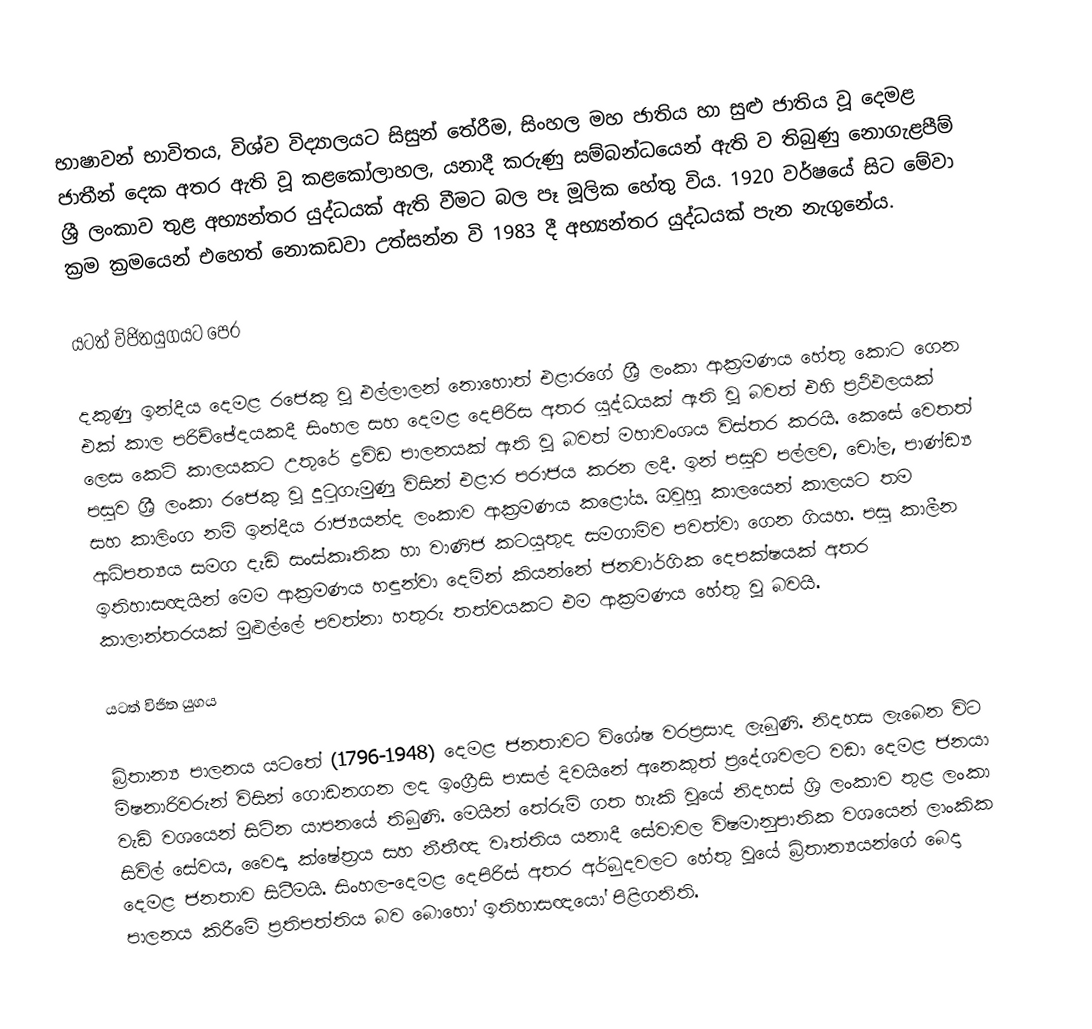
භාෂාවන් භාවිතය, විශ්ව විද්‍යාලයට සිසුන් තේරීම, සිංහල මහ ජාතිය හා සුළු ජාතිය වූ දෙමළ ජාතීන් දෙක අතර ඇති වූ කළකෝලාහල, යනාදී කරුණු සම්බන්ධයෙන් ඇති ව තිබුණු නොගැළපීම්  ශ්‍රී ලංකාව තුළ අභ්‍යන්තර යුද්ධයක් ඇති වීමට බල පෑ මූලික හේතු විය. 1920 වර්ෂයේ සිට මේවා ක්‍රම ක්‍රමයෙන් එහෙත් නොකඩවා උත්සන්න වි 1983 දී අභ්‍යන්තර යුද්ධයක් පැන නැගුනේය.

යටත් විජිතයුගයට පෙර

දකුණු ඉන්දීය දෙමළ රජෙකු වූ එල්ලාලන් නොහොත් එළාරගේ ශ්‍රී ලංකා ආක්‍රමණය හේතු කොට ගෙන එක් කාල පරිච්ඡේදයකදී සිංහල සහ දෙමළ දෙපිරිස අතර යුද්ධයක් ඇති වූ බවත් එහි ප්‍රථිඵලයක් ලෙස කෙටි කාලයකට උතුරේ ද්‍රවිඩ පාලනයක් ඇති වූ බවත් මහාවංශය විස්තර කරයි. කෙසේ වෙතත් පසුව ශ්‍රී ලංකා රජෙකු වූ දුටුගැමුණු විසින් එළාර පරාජය කරන ලදී. ඉන් පසුව පල්ලව, චෝල, පාණ්ඩ්‍ය සහ කාලිංග නම් ඉන්දීය රාජ්‍යයන්ද ලංකාව ආක්‍රමණය කළෝය. ඔවුහු කාලයෙන් කාලයට තම ආධිපත්‍යය සමග දැඩි සංස්කෘතික හා වාණිජ කටයුතුද සමගාමිව පවත්වා ගෙන ගියහ. පසු කාලීන ඉතිහාසඥයින් මෙම ආක්‍රමණය හඳුන්වා දෙමින් කියන්නේ ජනවාර්ගික දෙපක්ෂයක් අතර කාලාන්තරයක් මුළුල්ලේ පවත්නා හතුරු තත්වයකට එම ආක්‍රමණය හේතු වූ බවයි.

යටත් විජිත යුගය

බ්‍රිතාන්‍ය පාලනය යටතේ (1796-1948) දෙමළ ජනතාවට විශේෂ වරප්‍රසාද ලැබුණි. නිදහස ලැබෙන විට මිෂනාරිවරුන් විසින් ගොඩනගන ලද ඉංග්‍රීසි පාසල් දිවයිනේ අනෙකුත් ප්‍රදේශවලට වඩා දෙමළ ජනයා වැඩි වශයෙන් සිටින යාපනයේ තිබුණි. මෙයින් තේරුම් ගත හැකි වූයේ නිදහස් ශ්‍රි ලංකාව තුළ ලංකා සිවිල් සේවය, වෛද්‍ය ක්ෂේත්‍රය සහ නීතීඥ වෘත්තිය යනාදී සේවාවල  විෂමානුපාතික වශයෙන් ලාංකික දෙමළ ජනතාව සිටීමයි. සිංහල-දෙමළ දෙපිරිස් අතර අර්බුදවලට හේතු වූයේ බ්‍රිතාන්‍යයන්ගේ බෙදා පාලනය කිරීමේ ප්‍රතිපත්තිය බව බොහෝ ඉතිහාසඥයෝ පිළිගනිති.